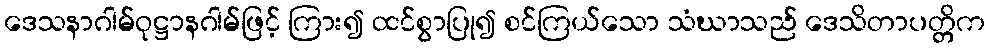
ဒေသနာဂါမ်ဝုဋ္ဌာနဂါမ်ဖြင့် ကြား၍ ထင်စွာပြု၍ စင်ကြယ်သော သံဃာသည် ဒေသိတာပတ္တိက